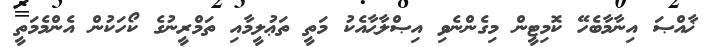
ޚާއްޞަ އިނާމާބެހޭ ކޮމިޓީން މިގެންނެވި އިޞްލާޙާއެކު މަތީ ތަޢުލީމާއި ތަމްރީނުގެ ކޯހަކުން އެންމެމަތީ